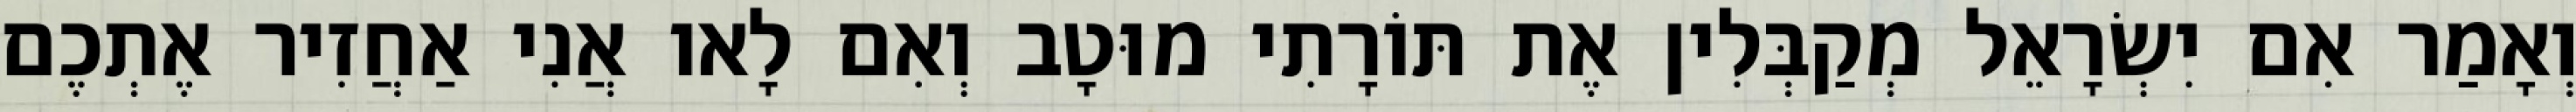
וְאָמַר אִם יִשְׂרָאֵל מְקַבְּלִין אֶת תּוֹרָתִי מוּטָב וְאִם לָאו אֲנִי אַחֲזִיר אֶתְכֶם